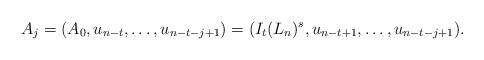
LaTeX: \begin{align*}A_j=(A_0, u_{n-t},\ldots, u_{n-t-j+1})=(I_t(L_n)^s, u_{n-t+1}, \ldots, u_{n-t-j+1}).\end{align*}